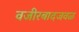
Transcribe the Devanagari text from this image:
वजीरबादजवळ